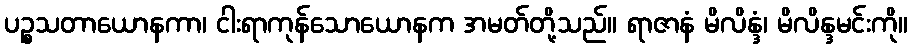
ပဉ္စသတာယောနကာ၊ ငါးရာကုန်သောယောနက အမတ်တို့သည်။ ရာဇာနံ မိလိန္ဒံ၊ မိလိန္ဒမင်းကို။